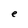
Character: e